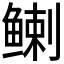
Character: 𬶟